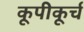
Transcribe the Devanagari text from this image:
कूपीकूर्च